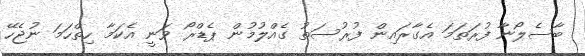
ބާސެލޯނާ ފުރަތަމަ އެގާރައިން ފުރުސަތު ގެއްލުމުން ޕެޑްރޯ ވަނީ އެކަމާ ހިތްހަމަ ނުޖެހޭ